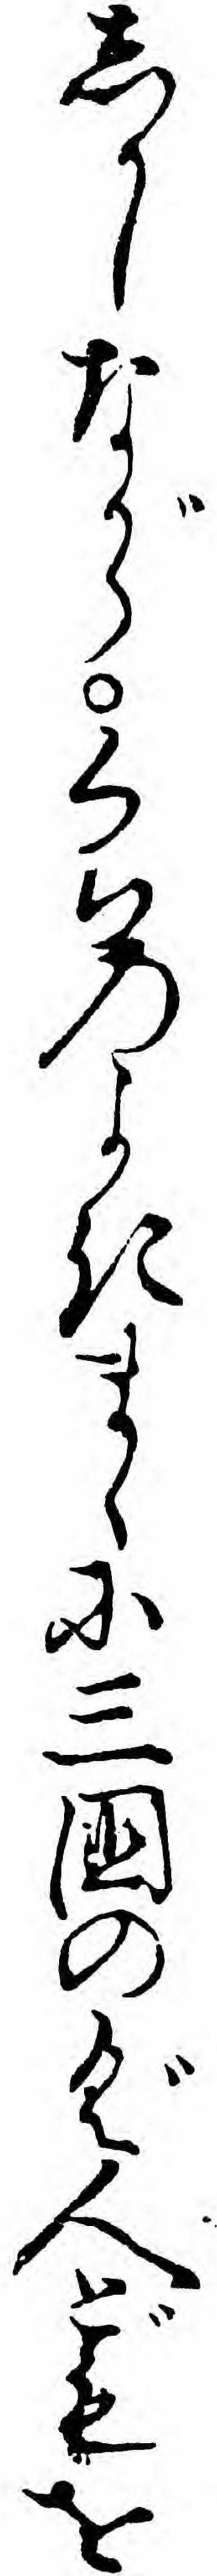
しかしながらくちのよきまゝに三国のぐ人どもを